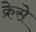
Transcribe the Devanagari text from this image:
क्रेसे